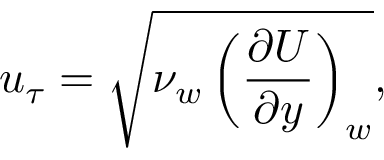
u _ { \tau } = \sqrt { \nu _ { w } \left( \frac { \partial U } { \partial y } \right) _ { w } } ,